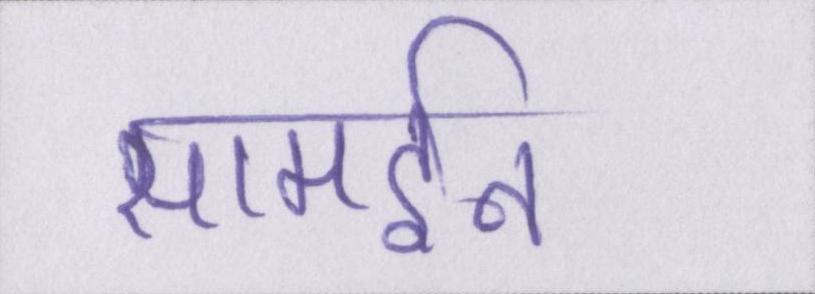
सामईन